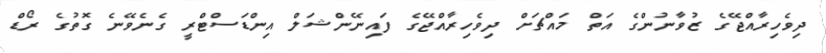
ދިވެހިރާއްޖޭގެ ޒުވާނުންގެ އަތް މައްޗަށް ދިވެހިރާއްޖޭގެ ފައިނޭންޝަލް އިންޑަސްޓްރީ ގެނެވޭނެ ގޮތުގެ ރޯޑް